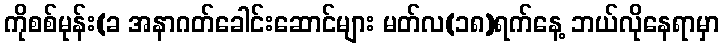
ကိုစစ်မုန်း(ခ အနာဂတ်ခေါင်းဆောင်များ မတ်လ(၁၈)ရက်နေ့ ဘယ်လိုနေရာမှာ